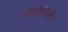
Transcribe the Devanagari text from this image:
पंचगंगेचे